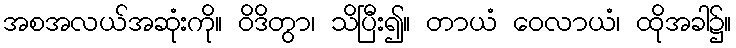
အစအလယ်အဆုံးကို။ ဝိဒိတွာ၊ သိပြီး၍။ တာယံ ဝေလာယံ၊ ထိုအခါ၌။